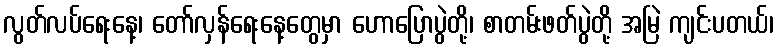
လွတ်လပ်ရေးနေ့၊ တော်လှန်ရေးနေ့တွေမှာ ဟောပြောပွဲတို့၊ စာတမ်းဖတ်ပွဲတို့ အမြဲ ကျင်းပတယ်၊